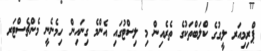
ޕްރިމިއަރ ލީގުގެ ކްލަބްތަކުގެ ތެރެއިން މި ލިސްޓުގައި އެންމެ ގިނައިން ހިމެނެނީ މެންޗެސްޓަރ